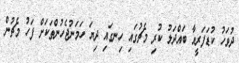
ދުވަހު ކުޑަފަރީއާ ބައްދަލު ކުރި މެޗުގައި ހިނގައި ދިޔަ ހަމަނުޖެހުންތަކަށް ފަހު މެޗުން